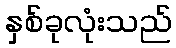
နှစ်ခုလုံးသည်